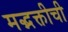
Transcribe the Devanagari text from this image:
मद्भक्तीची